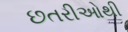
છતરીઓથી